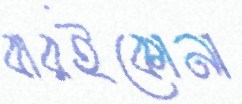
বারইকোনা